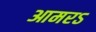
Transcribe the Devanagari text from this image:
आमरऽ